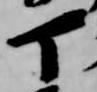
丁